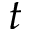
t